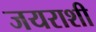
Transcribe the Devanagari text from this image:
जयराशी